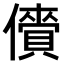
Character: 𫣲